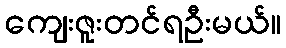
ကျေးဇူးတင်ရဦးမယ်။